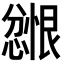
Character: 𪬲